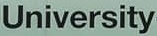
University